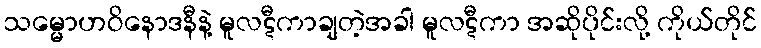
သမ္မောဟဝိနောဒနီနဲ့ မူလဋီကာချတဲ့အခါ မူလဋီကာ အဆိုပိုင်းလို့ ကိုယ်တိုင်